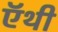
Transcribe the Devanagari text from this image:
ऍथी